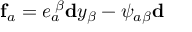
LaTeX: \mathbf { f } _ { a } = e _ { a } ^ { \; \beta } \mathbf { d } y _ { \beta } - \psi _ { a \beta } \mathbf { d }